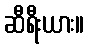
ဆီရီးယား။